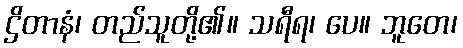
ဌိတာနံ၊ တည်သူတို့၏။ သရီရ၊ ပေ။ ဘူတေ၊